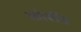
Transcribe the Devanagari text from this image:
कोरॉव